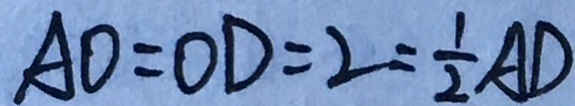
A D = O D = 2 = \frac { 1 } { 2 } A D